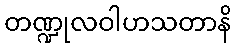
တဏ္ဍုလဝါဟသတာနိ